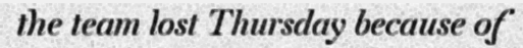
the team lost Thursday because of